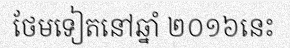
ថែមទៀតនៅឆ្នាំ ២០១៦នេះ